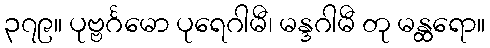
၃၇၉။ ပုဗ္ဗင်္ဂမော ပုရေဂါမီ၊ မန္ဒဂါမီ တု မန္ထရော။